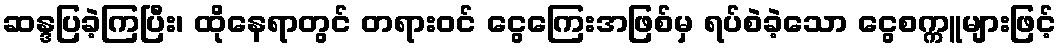
ဆန္ဒပြခဲ့ကြပြီး၊ ထိုနေရာတွင် တရားဝင် ငွေကြေးအဖြစ်မှ ရပ်စဲခဲ့သော ငွေစက္ကူများဖြင့်